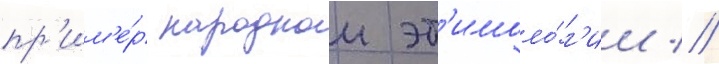
пр'им'е́р народнои эт'имоло́г'ии //